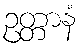
ဥတ္တာနံ